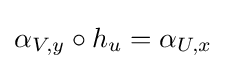
\alpha _{V,y}\circ h_{u}=\alpha _{U,x}